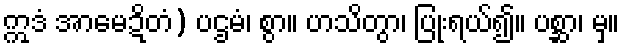
ဣဒံ အာမေဍိတံ) ပဌမံ၊ စွာ။ ဟသိတွာ၊ ပြုံးရယ်၍။ ပစ္ဆာ၊ မှ။